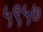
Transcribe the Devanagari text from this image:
५९५७